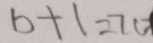
b + 1 = 7 d